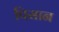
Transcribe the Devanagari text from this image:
पिसान